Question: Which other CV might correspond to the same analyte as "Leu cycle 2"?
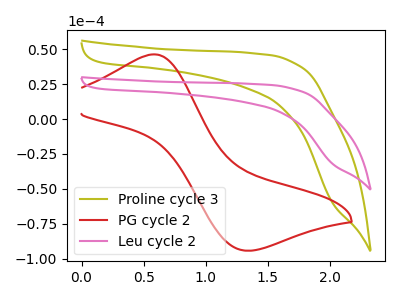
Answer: <think>The olive curve "Proline cycle 3" has no peaks. The red curve "PG cycle 2" has an anodic peak at (0.60V, 46.30uA) and a cathodic peak at (1.30V, -94.20uA). The pink curve "Leu cycle 2" has no peaks.
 "Proline cycle 3" and "PG cycle 2" have a different number of peaks. Neither "Proline cycle 3" or "Leu cycle 2" have any peaks. "PG cycle 2" and "Leu cycle 2" have a different number of peaks.</think>
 <answer>The CV with the most similar shape to "Proline cycle 3" is "Leu cycle 2".</answer>
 <eval>"Leu cycle 2"</eval>